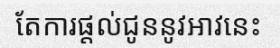
តែការផ្តល់ជូននូវអាវនេះ